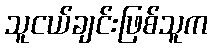
သူငယ်ချင်းဖြစ်သူက